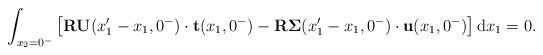
LaTeX: \begin{align*}\int_{x_2=0^-}\left[\mathbf{R}\mathbf{U}(x_1'-x_1,0^-)\cdot \mathbf{t}(x_1,0^-) - \mathbf{R}\mathbf{\Sigma}(x_1'-x_1,0^-)\cdot \mathbf{u}(x_1,0^-)\right]\mathrm{d}x_1=0.\end{align*}